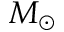
M _ { \odot }